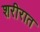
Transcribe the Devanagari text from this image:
शरीरात